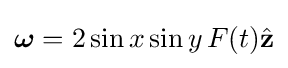
{\boldsymbol {\mathbf {\omega } }}=2\sin x\sin y\,F(t){\hat {\mathbf {z} }}